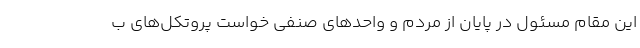
این مقام مسئول در پایان از مردم و واحدهای صنفی خواست پروتکل‌های ب